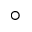
^ \circ